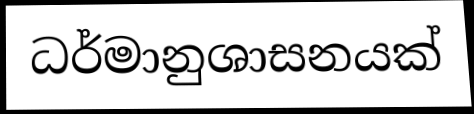
ධර්මානුශාසනයක්